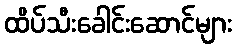
ထိပ်သီးခေါင်းဆောင်များ